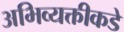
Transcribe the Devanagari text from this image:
अभिव्यक्तीकडे